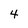
Character: 4